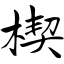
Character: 楔